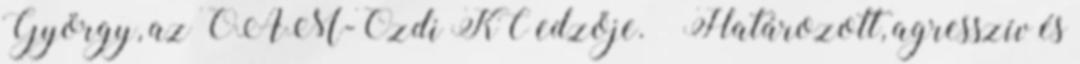
György, az ÓAM-Ózdi KC edzője. – Határozott, agresszív és